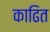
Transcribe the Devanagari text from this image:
काढित